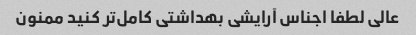
عالی لطفا اجناس آرایشی بهداشتی کامل‌تر کنید ممنون